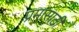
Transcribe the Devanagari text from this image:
प्रमासाठी